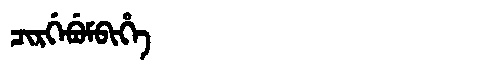
Manchu: ᠴᡳᡵᡤᡝᠪᡠᠮᠪᡳᡥᡝ
Romanization: CIRGEBUMBIHE